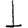
Digit: 1